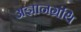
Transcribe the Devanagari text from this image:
अज्ञानग्रंथि